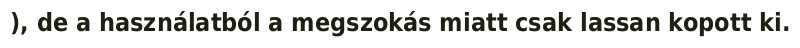
), de a használatból a megszokás miatt csak lassan kopott ki.